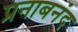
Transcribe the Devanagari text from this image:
प्रनाबनंद